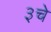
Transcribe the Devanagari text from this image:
३चे